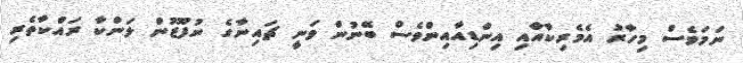
ނަމަވެސް މިހާރު އެމެރިކާއާއި އިންޑިއާއިންވެސް ބޭނުން ވަނީ ޗައިނާގެ ނުފޫޒުން ލަންކާ ރައްކާތެރި